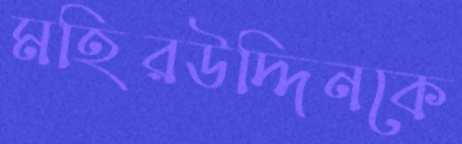
মহিরউদ্দিনকে